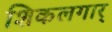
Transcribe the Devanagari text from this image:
शिकलगार्